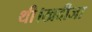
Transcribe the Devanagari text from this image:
थी।खदीजा